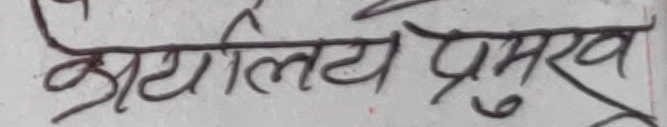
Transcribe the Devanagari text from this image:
कार्यालय प्रमुख